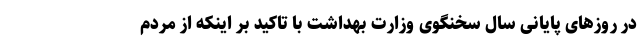
در روزهای پایانی سال سخنگوی وزارت بهداشت با تاکید بر اینکه از مردم